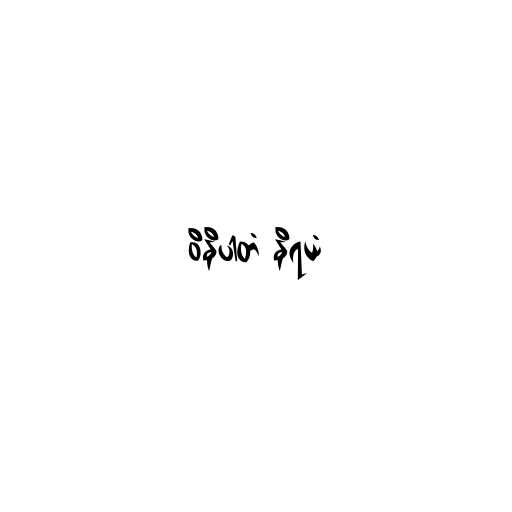
ဝိနိပါတံ နိရယံ